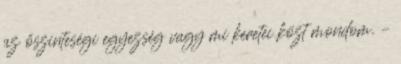
az őszinteségi egyezség vagy mi keretei közt mondom. –